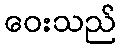
ဝေးသည်